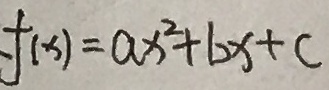
f ( x ) = a x ^ { 2 } + b x + c